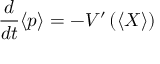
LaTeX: { \frac { d } { d t } } \langle p \rangle = - V ^ { \prime } \left( \left\langle X \right\rangle \right)